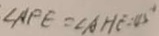
\angle A F E = \angle A H E = 4 5 ^ { \circ }